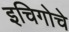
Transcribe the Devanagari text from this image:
इचिगोचे